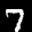
Label: 7